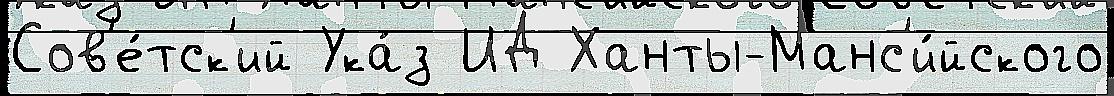
Сов'е́тск'ий Ука́з ИД Ханты-Манс'и́йского